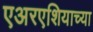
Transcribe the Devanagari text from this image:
एअरएशियाच्या